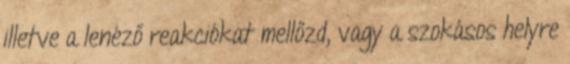
illetve a lenéző reakciókat mellőzd, vagy a szokásos helyre